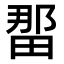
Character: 𪽖